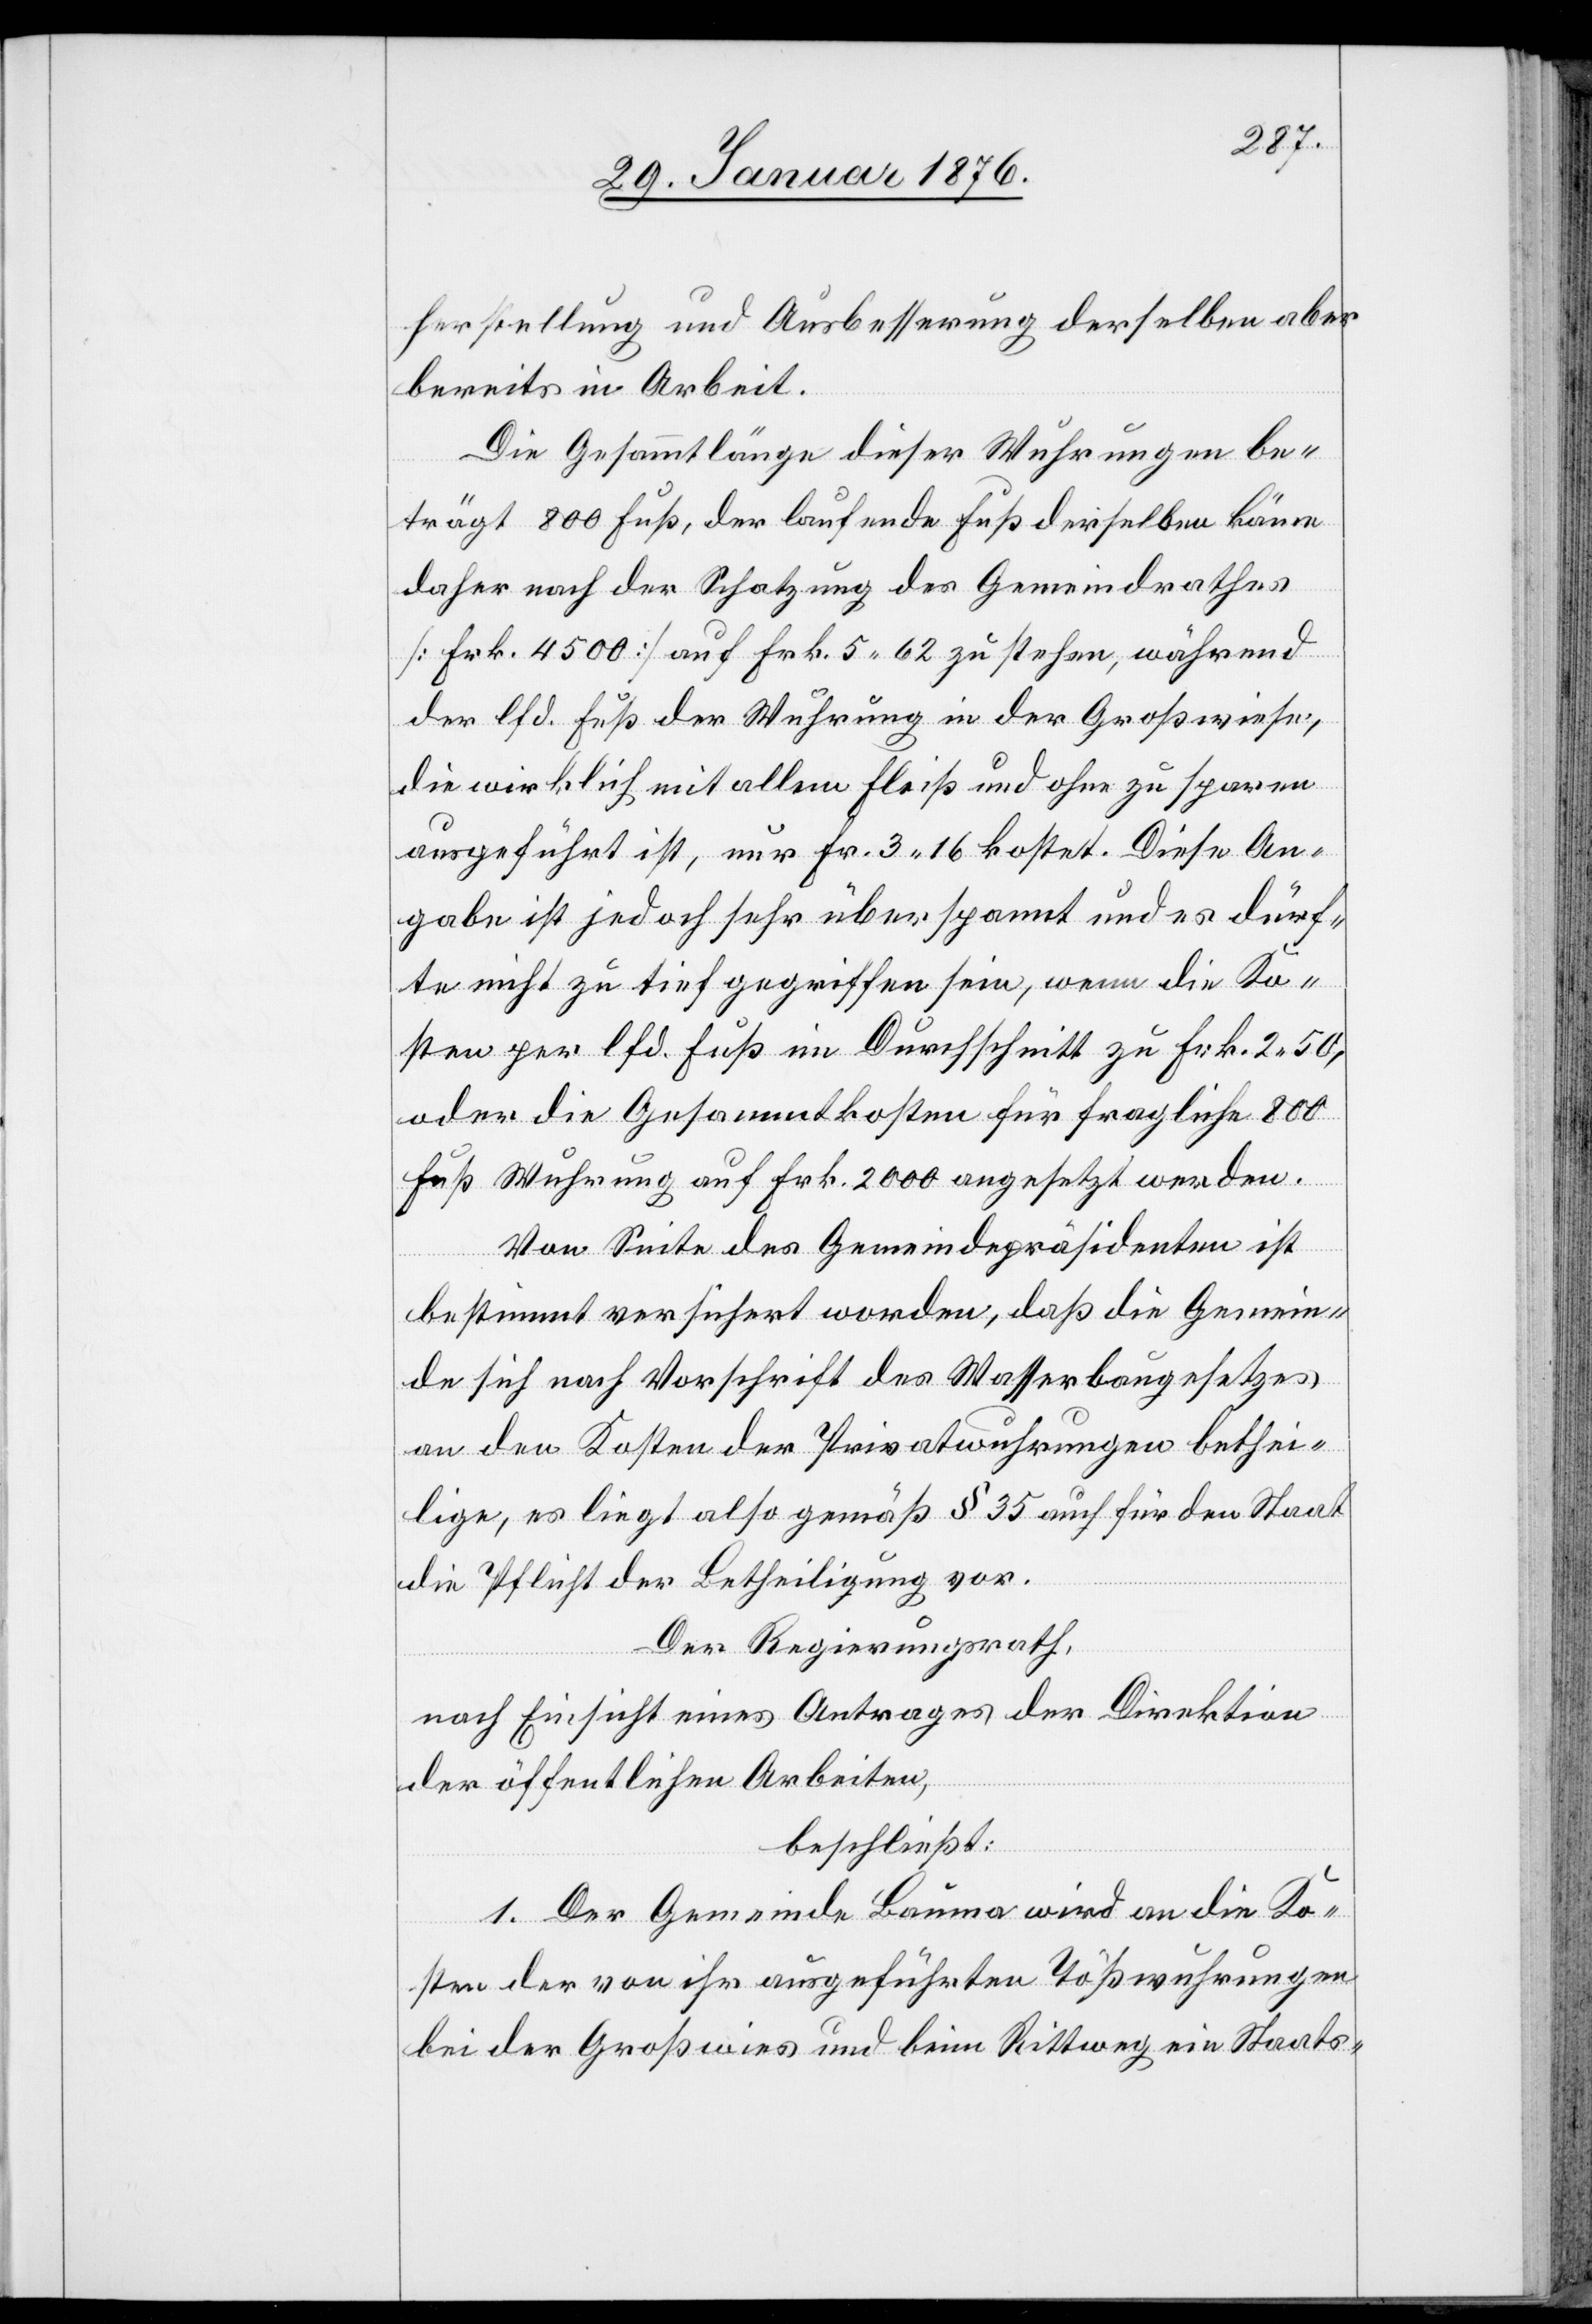
herstellung und Ausbesserung derselben aber
bereits in Arbeit.
Die Gesammtlänge dieser Wuhrungen be¬
trägt 800 Fuß, der laufende Fuß derselben käme
daher nach der Schatzung des Gemeindrathes
[Frk. 4500] auf Frk. 5.62 zu stehen, während
der lfd. Fuß der Wuhrung in der Großwiese,
die wirklich mit allem Fleiß und ohne zu sparen
ausgeführt ist, nur Fr. 3.16 kostet. Diese An¬
gabe ist jedoch sehr überspannt und es dürf¬
te nicht zu tief gegriffen sein, wenn die Ko¬
sten per lfd. Fuß im Durchschnitt zu Frk. 2.50,
oder die Gesammtkosten für fragliche 800
Fuß Wuhrung auf Frk. 2000 angesetzt werden.
Von Seite des Gemeindepräsidenten ist
bestimmt versichert worden, daß die Gemein¬
de sich nach Vorschrift des Wasserbaugesetzes
an den Kosten der Privatwuhrungen bethei¬
lige, es liegt also gemäß § 35 auch für den Staat
die Pflicht der Betheiligung vor.
Der Regierungsrath,
nach Einsicht eines Antrages der Direktion
der öffentlichen Arbeiten,
beschließt:
1. Der Gemeinde Bauma wird an die Ko¬
sten der von ihr ausgeführten Tößwuhrungen
bei der Großwies und beim Rittweg ein Staats-